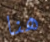
هنا